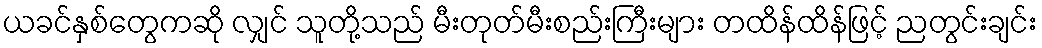
ယခင်နှစ်တွေကဆို လျှင် သူတို့သည် မီးတုတ်မီးစည်းကြီးများ တထိန်ထိန်ဖြင့် ညတွင်းချင်း